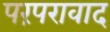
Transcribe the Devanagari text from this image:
परंपरावाद